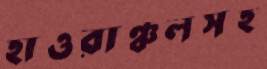
হাওরাঞ্চলসহ